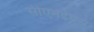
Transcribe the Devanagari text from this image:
सीएनईएस